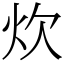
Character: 炊